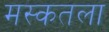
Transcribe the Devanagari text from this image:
मस्कतला